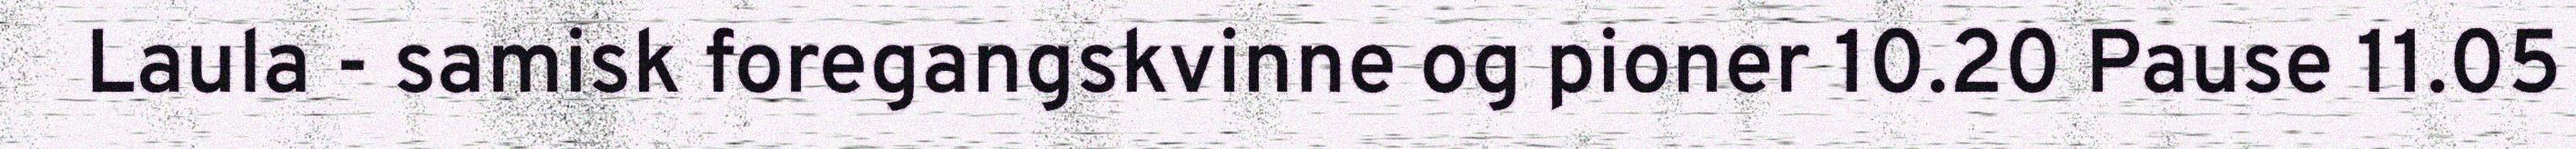
Laula - samisk foregangskvinne og pioner 10.20 Pause 11.05